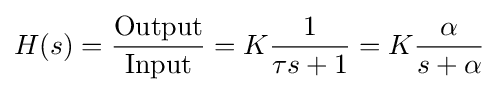
H(s)={\frac {\text{Output}}{\text{Input}}}=K{\frac {1}{\tau s+1}}=K{\frac {\alpha }{s+\alpha }}